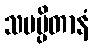
သမပ္ပိတာနံ